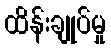
ထိန်းချုပ်မှု